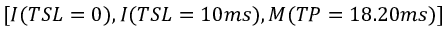
[ I ( T S L = 0 ) , I ( T S L = 1 0 m s ) , M ( T P = 1 8 . 2 0 m s ) ]